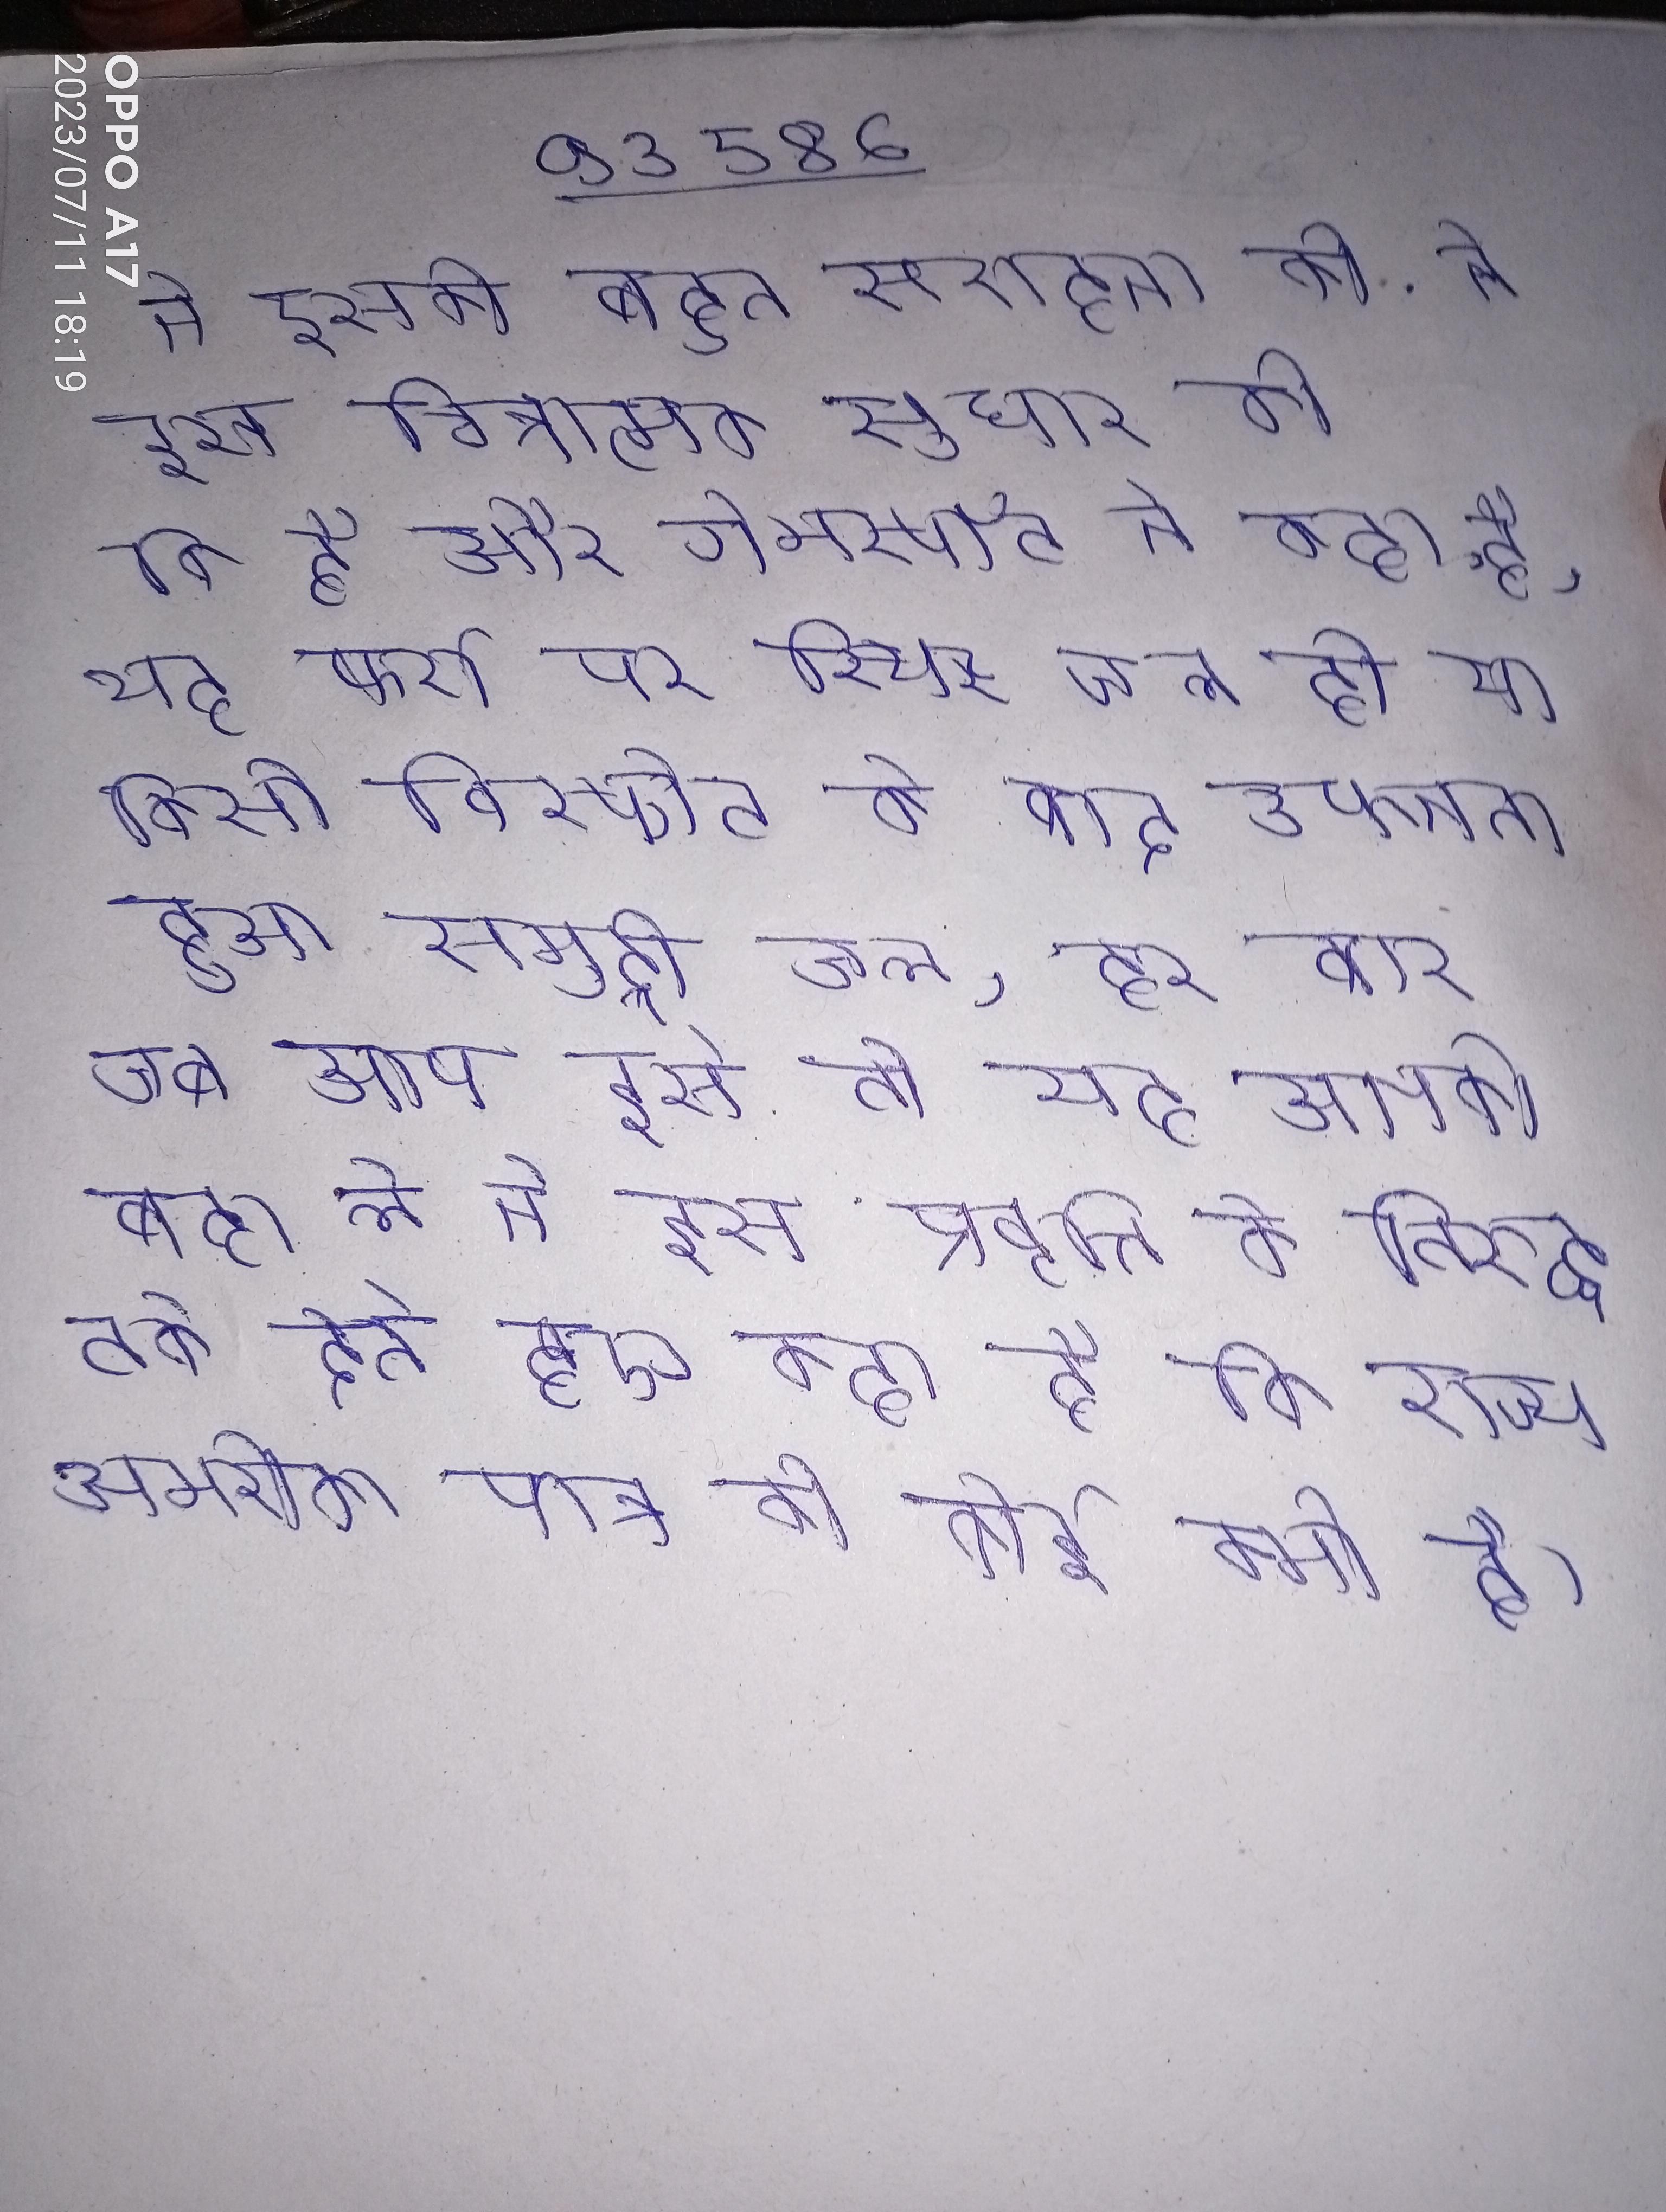
ने इसकी बहुत सराहना की . ने इस चित्रात्मक सुधार की की है और गेमस्पॉट ने कहा है, यह फर्श पर स्थिर जल हो या किसी विस्फोट के बाद उफनता हुआ समुद्री जल, हर बार जब आप इसे तो यह आपको बहा ले ने इस प्रवृत्ति के विरुद्ध तर्क देते हुए कहा है कि राज्य अमरीका पात्र की कोई कमी है ।